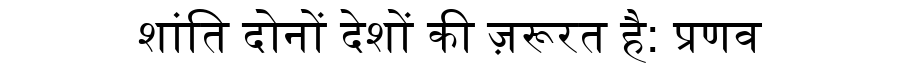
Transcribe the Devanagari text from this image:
शांति दोनों देशों की ज़रूरत है: प्रणव